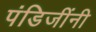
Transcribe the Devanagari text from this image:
पंडिजींनी